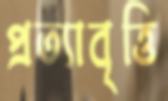
প্রত্যাবৃত্তি